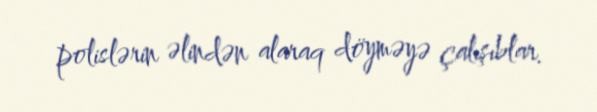
polislərin əlindən alaraq döyməyə çalışıblar.